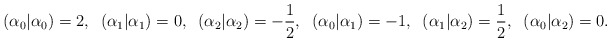
\begin{align*}(\alpha_0|\alpha_0)=2,\;\; (\alpha_1|\alpha_1)=0,\;\; (\alpha_2|\alpha_2)=-\frac{1}{2},\;\; (\alpha_0|\alpha_1)=-1,\;\; (\alpha_1|\alpha_2)=\frac{1}{2},\;\; (\alpha_0|\alpha_2)=0.\end{align*}